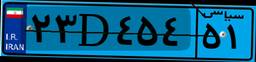
۶۳D۵۵۴۷۷